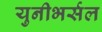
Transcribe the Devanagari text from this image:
युनीभर्सल